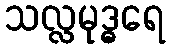
သလ္လမုဒ္ဓရေ